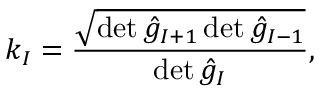
{ k } _ { I } = \frac { \sqrt { \operatorname * { d e t } { \hat { g } } _ { I + 1 } \operatorname * { d e t } { \hat { g } } _ { I - 1 } } } { \operatorname * { d e t } { \hat { g } } _ { I } } ,